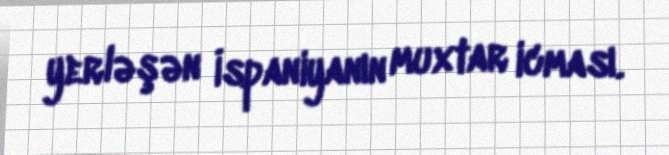
yerləşən İspaniyanın muxtar icması.